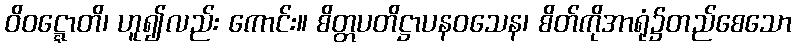
ဝိဝဋ္ဋောတိ၊ ဟူ၍လည်း ကောင်း။ စိတ္တပတိဋ္ဌာပနဝသေန၊ စိတ်ကိုအာရုံ၌တည်စေသော